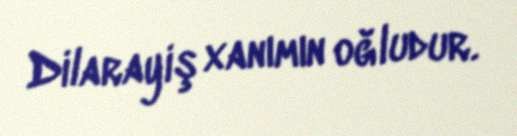
Dilarayiş xanımın oğludur.